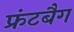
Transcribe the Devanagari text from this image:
फ्रंटबैग